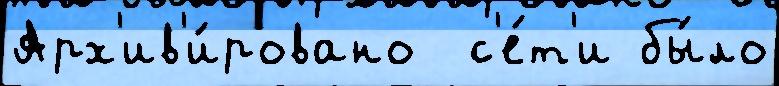
Арх'ив'и́ровано  с'е́т'и бы́ло